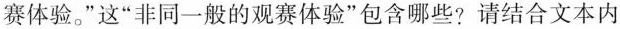
赛体验。”这“非同一般的观赛体验”包含哪些?请结合文本内